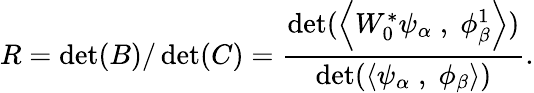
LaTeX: R=\operatorname*{det}(B)/\operatorname*{det}(C)={\frac{\operatorname*{det}(\left<W_{0}^{*}\psi_{\alpha}\; ,\; \phi_{\beta}^{1}\right>)}{\operatorname*{det}(\left<\psi_{\alpha}\; ,\; \phi_{\beta}\right>)}}.